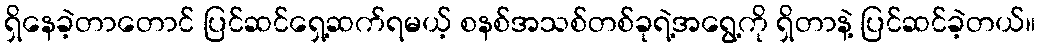
ရှိနေခဲ့တာတောင် ပြင်ဆင်ရှေ့ဆက်ရမယ့် စနစ်အသစ်တစ်ခုရဲ့အရွေ့ကို ရှိတာနဲ့ ပြင်ဆင်ခဲ့တယ်။